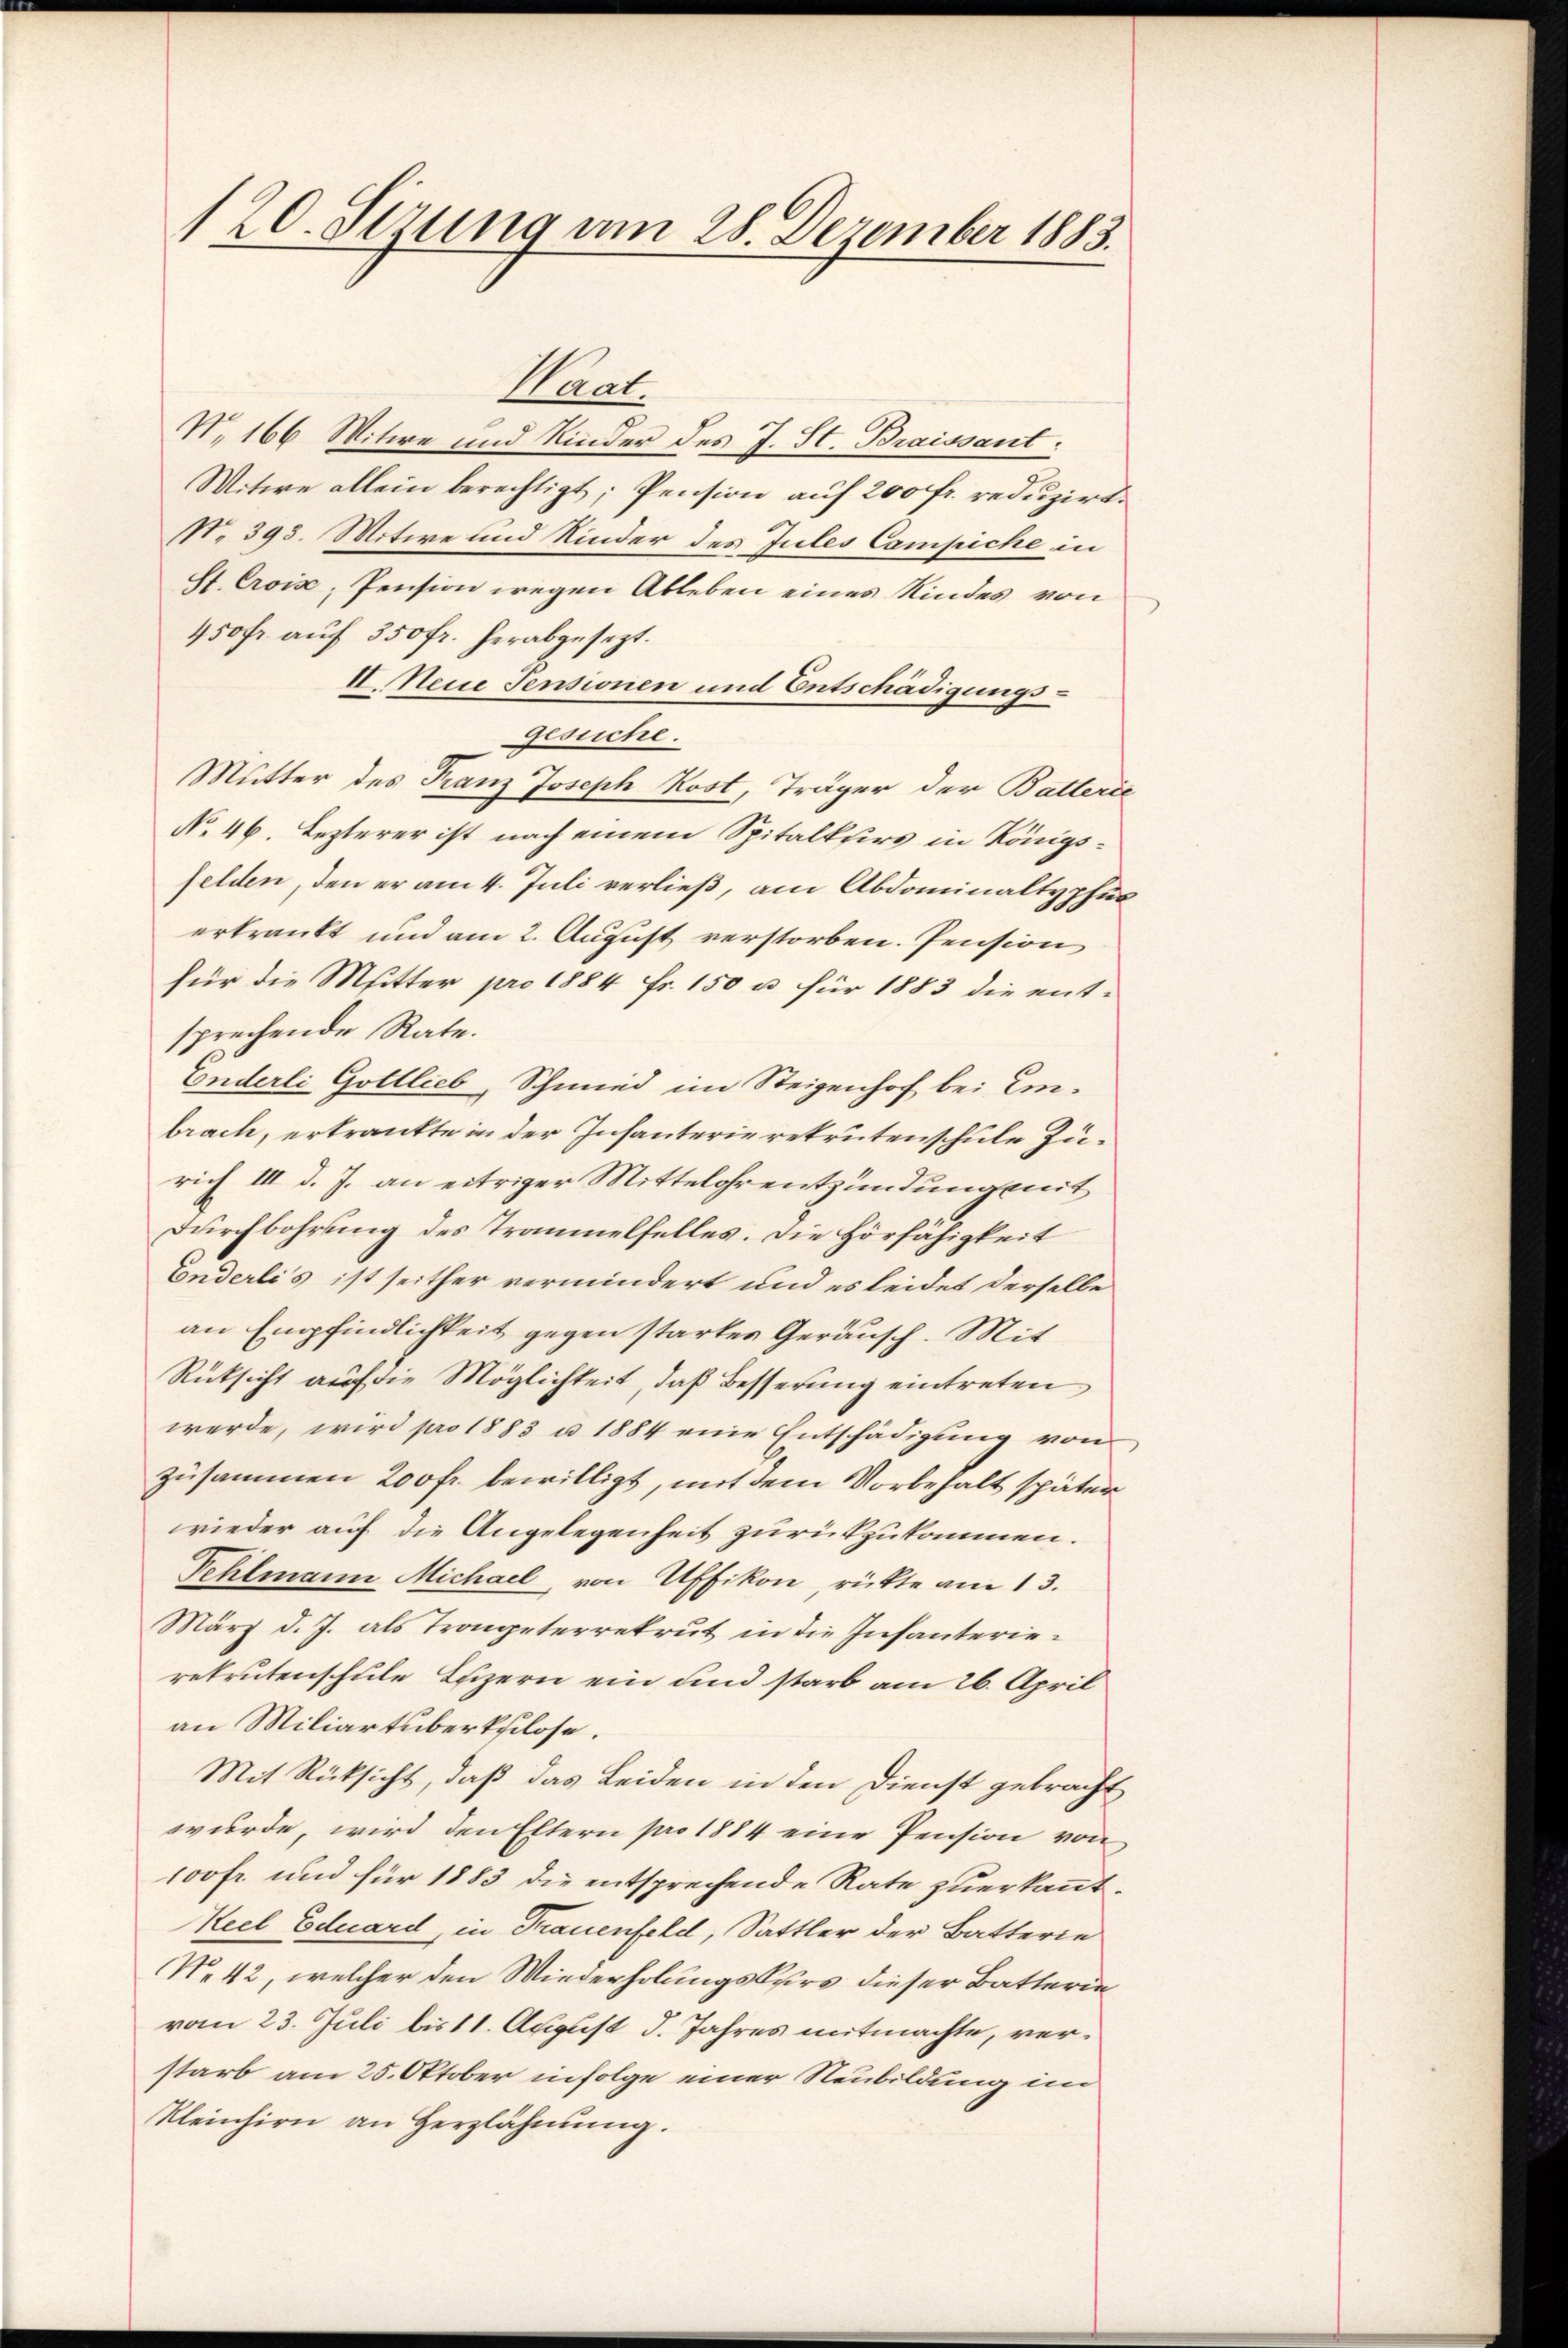
120. Sezung am 28. Dezember 1883.

Haat.
N. 166 Witwe und Kinder des J. St. Braissant:
Witwe allein berechtigt; Pension auf 200 fr. reduzirt.
N. 393. Mitwe und Kinder des Jules Campiche in
St. Croise, Pension wegen Ableben eines Kindes von
450fr. auf 350 fr. herabgesezt.
II. Neue Sensionen und Entschädigungsgesuche.
Mutter des Franz Joseph Kost, Träger der Batterie
No. 46. Lezterer ist nach einem Spitalkurs in Königsfelden, den er am 4. Juli verließ, am Abdominaltyphus
erkrankt und am 2. August verstorben. Pension
für die Mitter pro 1884 Fr. 150 u. für 1883 die entsprechende Rate.
Enderli Gottlieb, Schmied im Steigenhof bei Embrach, erkrankte in der Infanterierekrutenschule Zurich III d. J. an eitriger Mittelohrentzündung mit
Durchbohrung des Traumelfelles. Die Hörfähigkeit
Conderlis ist seither vermindert und es leidet derselbe
an Empfindlichkeit gegen starkes Geräusch. Mit
Rücksicht auf die Möglichkeit, daß Besserung eintreten
werde, wird pro 1883 u. 1884 eine Entschädigung von
zusammen 200 fr. bewilligt, mit dem Vorbehalt später
wieder auf die Angelegenheit zurückzukommen.
Fehlmann Michael, von Uffikon, rückte am 13.
März d. J. als Trongeterrekrut in die Infanterierekrutenschule Beizern ein und starb am 26. April
an Miliartüberkulose.
Mit Rücksicht, daß das Leiden in den Dienst gebracht
wurde, wird den Eltern pro 1884 eine Pension von
100 fr. und für 1883 die entsprechende Rate zuerkannt.
Keel Eduard, in Trauenfeld, Sattler der Batterie
No 42, welcher den Wiederholungskurs dieser Batterin
vom 23. Juli bis 11. August d. Jahres mitmachte, verstarb am 25. Oktober infolge einer Neubildung im
Kleinhirn an Herzlähmung.